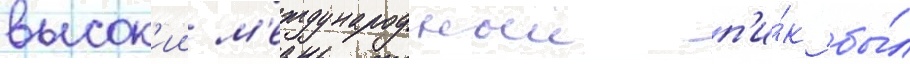
высок'ии м'еждународныи п'и́к бы́л